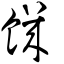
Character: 饑